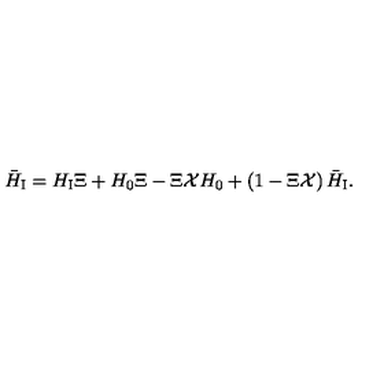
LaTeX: { \bar { H } } _ { \mathrm { \scriptsize I } } = H _ { \mathrm { \scriptsize I } } \Xi + H _ { 0 } { \Xi } - \Xi { \cal X } H _ { 0 } + \left( 1 - \Xi { \cal X } \right) { \bar { H } } _ { \mathrm { \scriptsize I } } .